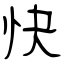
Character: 快